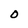
Character: O